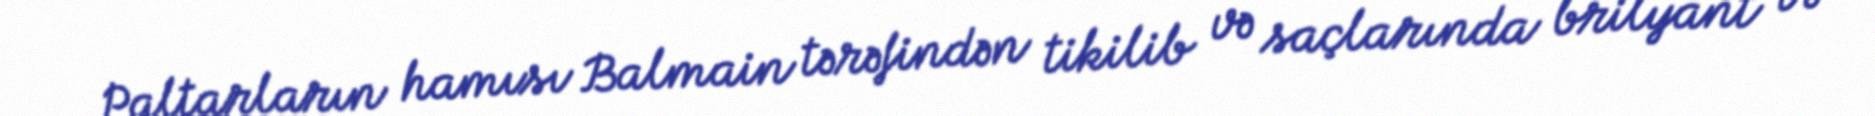
Paltarların hamısı Balmain tərəfindən tikilib və saçlarında brilyant və